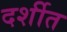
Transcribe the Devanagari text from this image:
दर्शीत